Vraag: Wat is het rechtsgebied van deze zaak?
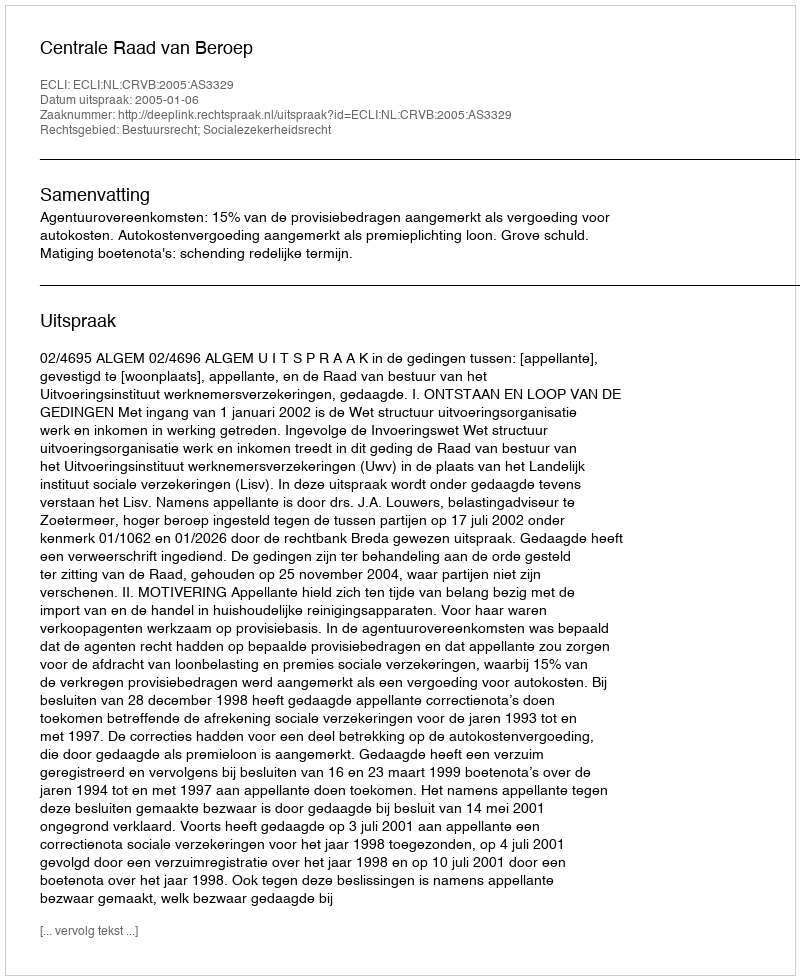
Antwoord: Bestuursrecht; Socialezekerheidsrecht